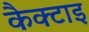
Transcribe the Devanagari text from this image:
कैक्टाइ